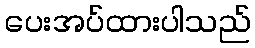
ပေးအပ်ထားပါသည်